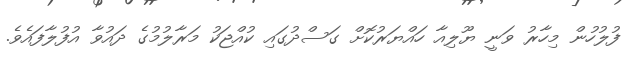
ފުލުހުން މިހާރު ވަނީ ޔޫލިއާ ހައްޔަރުކޮށް ގަސްދުގައި ކުއްޖަކު މަރާލުމުގެ ދައުވާ އުފުލާފައެވެ.